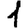
Digit: 1